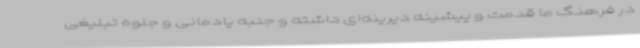
در فرهنگ ما قدمت و پیشینه دیرینه‌ای داشته و جنبه یادمانی و جلوه تبلیغی